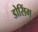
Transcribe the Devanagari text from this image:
डोसिंग